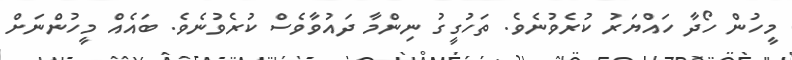
މީހުން ހޯދާ ހައްޔަރު ކުރެވުނެވެ. ތަހުގީގު ނިންމާ ދައުވާވެސް ކުރެވުނެވެ. ބައެއް މީހުންނަށް